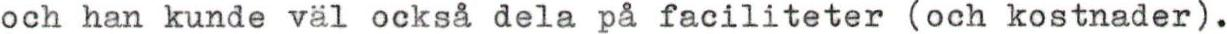
och han kunde väl också dela på faciliteter (och kostnader).